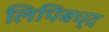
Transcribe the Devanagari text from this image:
लिपिबध्द